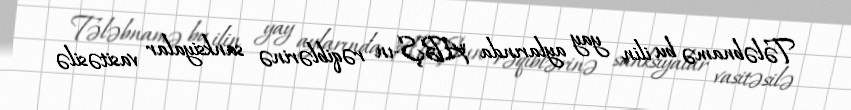
Tələbnamə bu ilin yay aylarında "ABŞ-ın rəqiblərinə sanksiyalar vasitəsilə